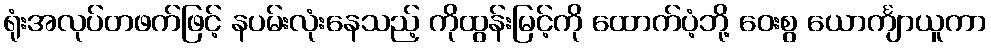
ရုံးအလုပ်တဖက်ဖြင့် နပမ်းလုံးနေသည့် ကိုထွန်းမြင့်ကို ထောက်ပံ့ဘို့ ဝေးစွ ယောင်္ကျာယူကာ